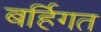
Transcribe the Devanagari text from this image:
बर्हिगत